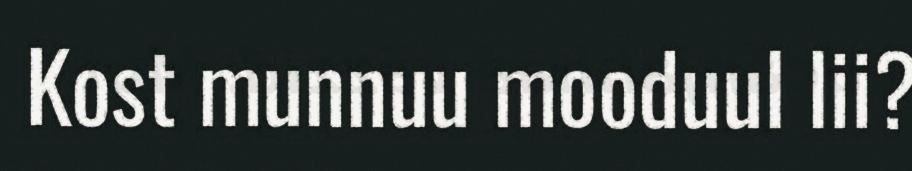
Kost munnuu mooduul lii?